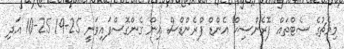
މިމެޗުގެ ސެޓްތައް ފޮރެންސިކް އެންޑް ފްރެންޑްސް އިން ގެންގޮސްފައިވަނީ 25-19 25-10 އަދި